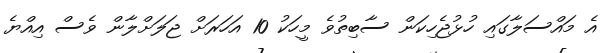
އެ މައްސަލާގައި ހުޅުޖެހިކަން ސާބިތުވެ މީހަކު 10 އަހަރަށް ޖަލަށްލާން ވެސް އިއްޔެ